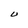
Character: U